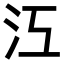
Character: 𣲅